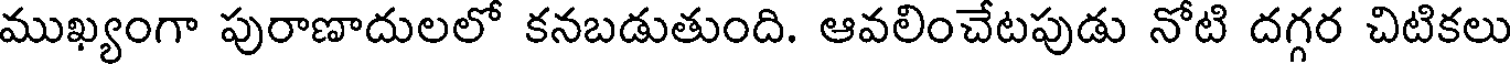
ముఖ్యంగా పురాణాదులలో కనబడుతుంది. ఆవలించేటపుడు నోటి దగ్గర చిటికలు